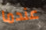
عندما